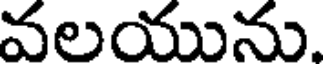
వలయును.